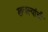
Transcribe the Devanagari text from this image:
खवल्यांची